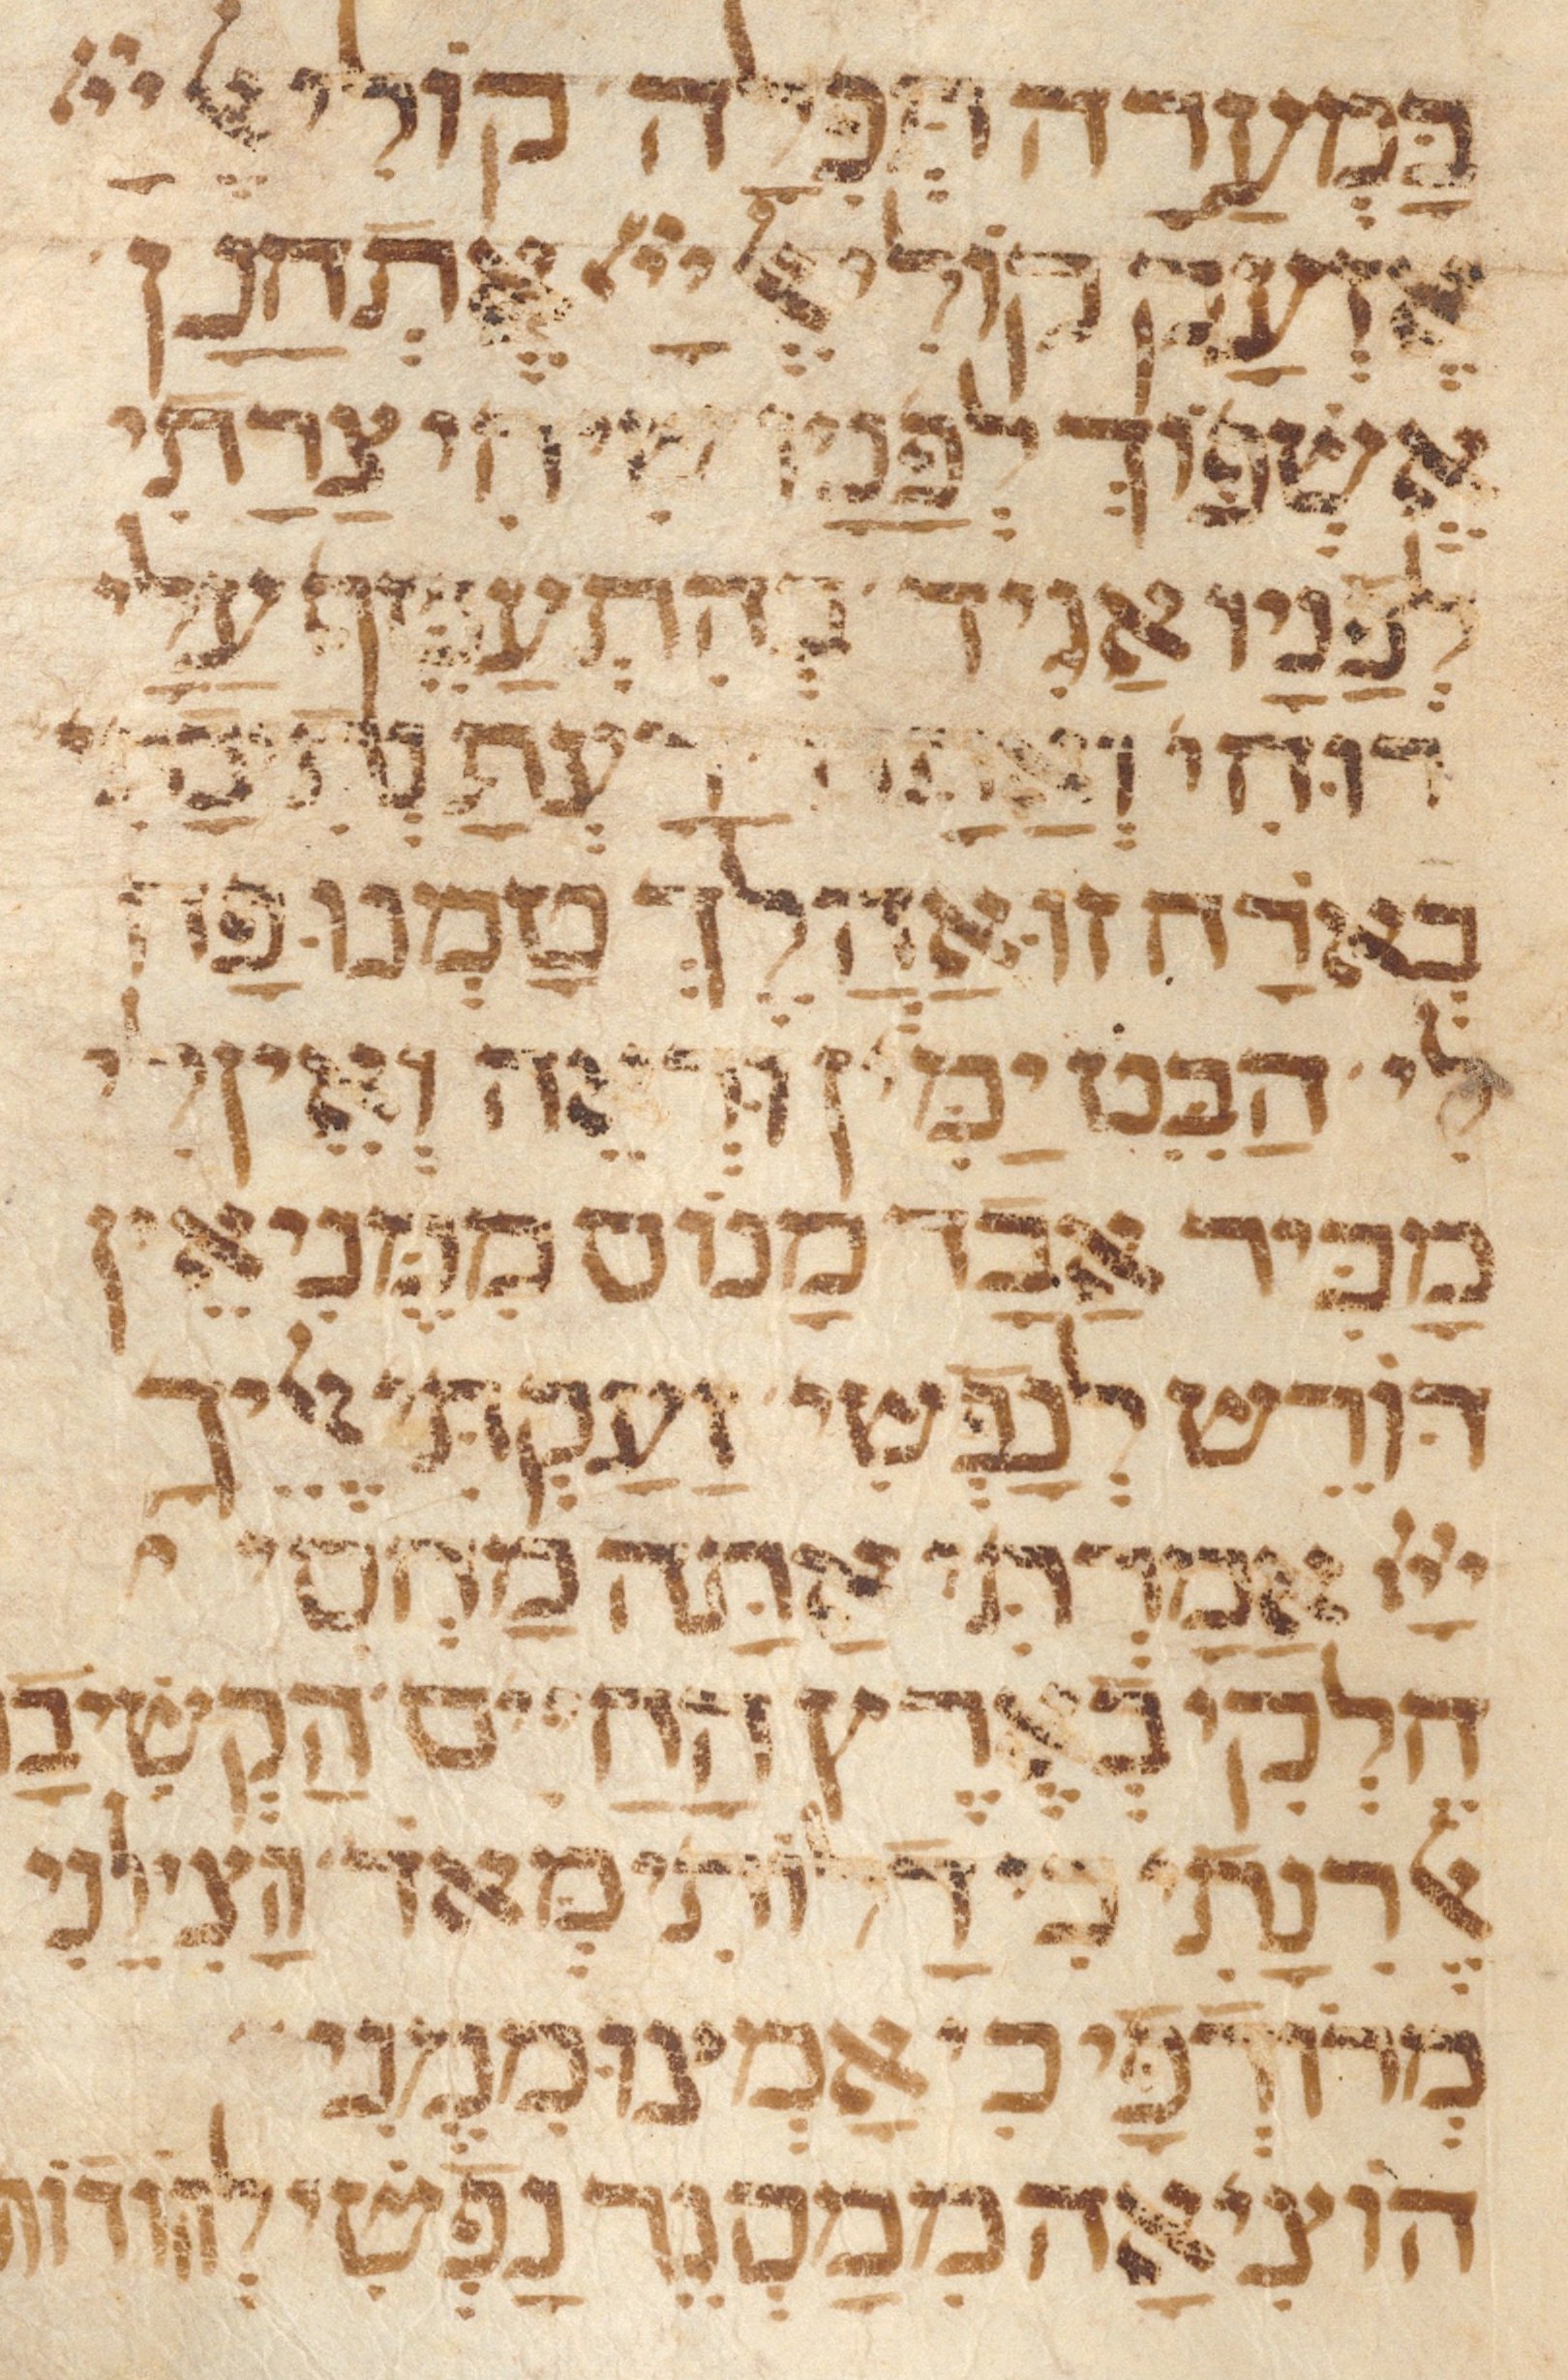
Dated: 1300–1399